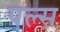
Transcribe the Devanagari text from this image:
पल्‍स